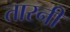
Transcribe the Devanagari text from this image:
तारनी